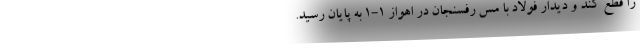
را قطع کند و دیدار فولاد با مس رفسنجان در اهواز 1-1 به پایان رسید.